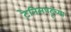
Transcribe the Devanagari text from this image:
टेनिसपटूंच्या